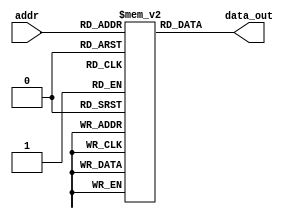
`timescale 1ns / 1ps
//////////////////////////////////////////////////////////////////////////////////
// Company: 
// Engineer: 
// 
// Design Name: 
// Module Name: InstMem
// Project Name: 
// Target Devices: 
// Tool Versions: 
// Description: 
// 
// Dependencies: 
// 
// Revision:
// Revision 0.01 - File Created
// Additional Comments:
// 


//////////////////////////////////////////////////////////////////////////////////

module InstMem (input [5:0] addr, output [31:0] data_out);
    reg [31:0] mem [0:63];

    initial begin

// # Load operations
mem[0] = 32'b00000000000000000010111000110111; // LUI x28, 2
mem[1] = 32'b00000000000000000010111000010111; // AUIPC x28, 2
mem[2] = 32'b00000000000000000010000010000011; // LW x1, 0(x0)
mem[3] = 32'b00000000000000000001000100000011; // LH x2, 4(x0)
mem[4] = 32'b00000000000000000000000110000011; // LB x3, 0(x0)
mem[5] = 32'b00000000000000000100001000000011; // LBU x4, 0(x0)
mem[6] = 32'b00000000000000000101001010000011; // LHU x5, 0(x0)

//Arithmetic operations
mem[7] = 32'b00000000001000001000001100110011; // ADD x6, x1, x2
mem[8] = 32'b01000000001000001000001110110011; // SUB x7, x1, x2
mem[9] = 32'b00000000001000001100010000110011; // XOR x8, x1, x2
mem[10] = 32'b00000000001000001110010010110011; // OR x9, x1, x2
mem[11] = 32'b00000000001000001111010100110011; // AND x10, x1, x2

// # Immediate operations
mem[12] = 32'b00000000010000001000010110010011; // ADDI x11, x1, 4
mem[13] = 32'b00000000010000001100011000010011; // XORI x12, x1, 4
mem[14] = 32'b00000000010000001110011010010011; // ORI x13, x1, 4
mem[15] = 32'b00000000010000001111011100010011; // ANDI x14, x1, 4
mem[16] = 32'b00000000010000001010011110010011; // SLTI x15, x1, 4
mem[17] = 32'b00000000010000001011100000010011; // SLTIU x16, x1, 4

// Shift operations
mem[18] = 32'b00000000001000001101100010110011; // SRL x17, x1, x2
mem[19] = 32'b01000000001000001101100100110011; // SRA x18, x1, x2
mem[20] = 32'b01000000000100001101100110010011; // SRAI x19, x1, 1
mem[21] = 32'b00000000001000001001101000110011; // SLL x20, x1, x2
mem[22] = 32'b00000000000100001001101010010011; // SLLI x21, x1, 1
mem[23] = 32'b00000000000100001101101100010011; // SRLI x22, x1, 1

// # Set less than operations
mem[24] = 32'b00000000001000001010101110110011; // SLT x23, x1, x2
mem[25] = 32'b00000000001000001011110000110011; // SLTU x24, x1, x2

// # Store operations
mem[26] = 32'b00000000000100000010000000100011; // SW x1, 0(x0)
mem[27] = 32'b00000000000100000000000000100011; // SB x1, 0(x0)
mem[28] = 32'b00000000000100000001000000100011; // SH x1, 0(x0)

// # Branch operations
mem[29] = 32'b00000000000000000000001001100011; // BEQ x0, x0, 4
mem[30] = 32'b00000000000111111000111110010011; //increment x31
mem[31] = 32'b00000000001000001001001001100011; // BNE x1, x2, 4
mem[32] = 32'b00000000000111111000111110010011; //increment x31
mem[33] = 32'b00000000010000011100001001100011; // BLT x3, x4, 4
mem[34] = 32'b00000000000111111000111110010011; //increment x31
mem[35] = 32'b00000000011000101101001001100011; // BGE x5, x6, 4
mem[36] = 32'b00000000000111111000111110010011; //increment x31
mem[37] = 32'b00000000100000111110001001100011; // BLTU x7, x8, 4
mem[38] = 32'b00000000000111111000111110010011; //increment x31
mem[39] = 32'b00000000101001001111001001100011; // BGEU x9, x10, 4
mem[40] = 32'b00000000000111111000111110010011; //increment x31

// # Jump operations
mem[41] = 32'b00000000010000000000111011101111; // JAL x29, 4
mem[42] = 32'b00000000000000000000111101100111; // JALR x30, 0(x0)

// # Fence operation,Environment call and break
mem[43] = 32'b00001111111100000000000000001111; // FENCE
mem[44] = 32'b00000000000100000000000001110011; // EBREAK
mem[45] = 32'b00000000000000000000000001110011; // ECALL



































// mem[0] = 32'b00000000000100000000111110010011; 
// mem[1] = 32'b00000000001000000000111100010011; 
// mem[2] = 32'b00000000000100000000000001110011; 
// mem[3] = 32'b00001111111100000000000000001111; 
// mem[4] = 32'b00000000000000000010000010000011; 
// mem[5] = 32'b00000000010000000001000100000011; 
// mem[6] = 32'b00000000100000000000000100000011; 
// mem[7] = 32'b00000000110000000100001000000011; 
// mem[8] = 32'b00000001000000000101001010000011; 
// mem[9] = 32'b00000000000000000010111000110111;
// mem[10] = 32'b00000000000000000010111000010111;
// mem[11] = 32'b00000000001000001000001100110011;
// mem[12] = 32'b01000000001000001000001110110011;
// mem[13] = 32'b00000000001000001100010000110011;
// mem[14] = 32'b00000000001000001110010010110011;
// mem[15] = 32'b00000000001000001111010100110011;
// mem[16] = 32'b00000000010000001000010110010011;
// mem[17] = 32'b00000000010000001100011000010011;
// mem[18] = 32'b00000000010000001110011010010011;
// mem[19] = 32'b00000000010000001111011100010011;
// mem[20] = 32'b00000001111100001101000010110011;
// mem[21] = 32'b01000001111100001101000010110011;
// mem[22] = 32'b01000000000100001101000010010011;
// mem[23] = 32'b00000001111100001001000010110011;
// mem[24] = 32'b00000000000100001001000010010011;
// mem[25] = 32'b00000000000100001101000010010011;
// mem[26] = 32'b00000000010000001010000010010011;
// mem[27] = 32'b00000000010000001011000100010011;
// mem[28] = 32'b00000000000000000000001001100011;
// mem[29] = 32'b11111111111100001000000010010011;
// mem[30] = 32'b00000000000100001000000010010011;
// mem[31] = 32'b00000000000100000010000000100011;
// mem[32] = 32'b00000000000100000000001000100011;
// mem[33] = 32'b00000000000100000001010000100011;
// mem[34] = 32'b00000001111011111001001001100011;
// mem[35] = 32'b11111111111100001000000010010011;
// mem[36] = 32'b00000000000100001000000010010011;
// mem[37] = 32'b00000001111011111100001001100011;
// mem[38] = 32'b11111111111100001000000010010011;
// mem[39] = 32'b00000000000100001000000010010011;
// mem[40] = 32'b00000001111011111101001001100011;
// mem[41] = 32'b11111111111100001000000010010011;
// mem[42] = 32'b00000000000100001000000010010011;
// mem[43] = 32'b00000001111011111110001001100011;
// mem[44] = 32'b11111111111100001000000010010011;
// mem[45] = 32'b00000000000100001000000010010011;
// mem[46] = 32'b00000001111011111111001001100011;
// mem[47] = 32'b11111111111100001000000010010011;
// mem[48] = 32'b00000000000100001000000010010011;
// mem[49] = 32'b00000001111011111111001001100011;
// mem[50] = 32'b00000000010000000000111011101111;
// mem[51] = 32'b11111111111100001000000010010011;
// mem[52] = 32'b00000000000100001000000010010011;
// mem[53] = 32'b00000000000000000000111011100111;

/*
ADDI x31 x0 1 
ADDI x30 x0 2
//for incrementing or shifting by 1 or comparing
//ECALL
EBREAK
FENCE

LW x1 0(x0)
LH x2 4(x0)
LB x3 8(x0)
LBU x4 12(x0)
LHU x5 16(x0)
LUI x28 2
AUIPC x28 2



ADD x6 x1 x2
SUB x7 x1 x2
XOR x8 x1 x2
OR x9 x1 x2
AND x10 x1 x2


ADDI x11 x1 4
XORI x12 x1 4
ORI x13 x1 4
ANDI x14 x1 4

SRL x1 x1 x31
SRA x1 x1 x31
SRAI x1 x1 1
SLL x1 x1 x31

SLLI x1 x1 1
SRLI x1 x1 1

SLTI x1 x1 4
SLTIU x2 x1 4




BEQ x0 x0 4
ADDI x1 x1 -1
ADDI x1 x1 1

SW x1 0(x0)
SB x1 4(x0)
SH x1 8(x0)

BNE x31 x30 4
ADDI x1 x1 -1
ADDI x1 x1 1

BLT x31 x30 4
ADDI x1 x1 -1
ADDI x1 x1 1

BGE x31 x30 4
ADDI x1 x1 -1
ADDI x1 x1 1


BLTU x31 x30 4
ADDI x1 x1 -1
ADDI x1 x1 1


BGEU x31 x30 4
ADDI x1 x1 -1
ADDI x1 x1 1

JAL x29 4
ADDI x1 x1 -1
ADDI x1 x1 1

JALR X29 0(x0)

*/
























// //simple no hazards  test
// mem[0] = 32'b00000000000111111000111110010011; //increment x31
// mem[1] = 32'b000000000000_00000_000_00001_0000011; // lb x1, 0(x0)
// mem[2] = 32'b000000000001_00000_000_00010_0000011; // lb x2, 1(x0)
// mem[3] = 32'b000000000010_00000_000_00011_0000011; // lb x3, 2(x0)
// mem[4] = 32'b00000000000111111000111110010011; //increment x31
// mem[5] = 32'b00000000000111111000111110010011; //increment x31
// mem[6] = 32'b0000000_01010_00011_000_00101_0010011; // addi x5, x3, 10  
// mem[7] = 32'b0000000_00010_00001_110_00100_0110011; // or x4, x1, x2

// //simple hazard and forwarding test
// mem[0] = 32'b00000000000111111000111110010011; //increment x31
// mem[1] = 32'b000000000000_00000_000_00001_0000011; // lb x1, 0(x0)
// mem[2] = 32'b000000000001_00000_000_00010_0000011; // lb x2, 1(x0)
// mem[3] = 32'b000000000010_00000_000_00011_0000011; // lb x3, 2(x0)
// mem[4] = 32'b00000000001100010000001000110011; // add x4, x2, x3
// mem[5] = 32'b00000000001100100000001010110011; // add x5, x4, x3

//mem[0]=32'b0000000_00000_00000_000_00000_0110011 ; //add x0, x0, x0//added to be skipped since PC starts with 4 after reset 
//mem[1] = 32'b000000000000_00000_000_00001_0000011; // lb x1, 0(x0)
//mem[2] = 32'b000000000001_00000_000_00010_0000011; // lb x2, 1(x0)
//mem[3] = 32'b000000000010_00000_000_00011_0000011; // lb x3, 2(x0)
//mem[4]=32'b0000000_00010_00001_110_00100_0110011 ; //or x4, x1, x2 
//mem[5]=32'b0000000_00010_00001_000_00011_0110011 ; //add x3, x1, x2 
//mem[6]=32'b0000000_00010_00011_000_00101_0110011 ; //add x5, x3, x2 
//mem[7]=32'b0000000_00101_00000_010_01100_0100011; //sw x5, 12(x0) 
//mem[8]=32'b000000001100_00000_010_00110_0000011 ; //lw x6, 12(x0)
//mem[9]=32'b0000000_00001_00110_111_00111_0110011 ; //and x7, x6, x1 
//mem[10]=32'b0100000_00010_00001_000_01000_0110011 ; //sub x8, x1, x2 
//mem[11]=32'b0000000_00010_00001_000_00000_0110011 ; //add x0, x1, x2 
//mem[12]=32'b0000000_00001_00000_000_01001_0110011 ; //add x9, x0, x1



//              mem[0] = 32'b000000000000_00000_000_00001_0000011; // lb x1, 0(x0)
//              mem[1] = 32'b000000000001_00000_000_00010_0000011; // lb x2, 1(x0)
//              mem[2] = 32'b000000000010_00000_000_00011_0000011; // lb x3, 2(x0)
        
//        mem[3]=32'b0000000_01010_00011_000_00101_0010011; // addi x5, x3, 10     //test addi
////        mem[3] = 32'b0000000_00010_00001_110_00100_0110011; // or x4, x1, x2        
//        mem[4] = 32'b0_000000_00011_00100_000_0100_0_1100011; // beq x4, x3, 4
//        mem[5] = 32'b0000000_00010_00001_000_00011_0110011; // add x3, x1, x2
//        mem[6] = 32'b0000000_00010_00011_000_00101_0110011; // add x5, x3, x2
//        mem[7] = 32'b0000000_00101_00000_010_01100_0100011; // sw x5, 12(x0)
//        mem[8] = 32'b000000001100_00000_010_00110_0000011; // lw x6, 12(x0)
//        mem[9] = 32'b0000000_00001_00110_111_00111_0110011; // and x7, x6, x1
//        mem[10] = 32'b0100000_00010_00001_000_01000_0110011; // sub x8, x1, x2
//        mem[11] = 32'b0000000_00010_00001_000_00000_0110011; // add x0, x1, x2
//        mem[12] = 32'b0000000_00001_00000_000_01001_0110011; // add x9, x0, x1












// mem[0]=32'b0000000_00000_00000_000_00000_0110011 ; //add x0, x0, x0//added to be skipped since PC starts with 4 after reset 
// mem[1]=32'b000000000000_00000_010_00001_0000011 ; //lw x1, 0(x0) 
// mem[2]=32'b0000000_00000_00000_000_00000_0110011 ; //add x0, x0, x0 
// mem[3]=32'b0000000_00000_00000_000_00000_0110011 ; //add x0, x0, x0 
// mem[4]=32'b0000000_00000_00000_000_00000_0110011 ; //add x0, x0, x0 
// mem[5]=32'b000000000100_00000_010_00010_0000011 ; //lw x2, 4(x0) 
// mem[6]=32'b0000000_00000_00000_000_00000_0110011 ; //add x0, x0, x0 
// mem[7]=32'b0000000_00000_00000_000_00000_0110011 ; //add x0, x0, x0 
// mem[8]=32'b0000000_00000_00000_000_00000_0110011 ; //add x0, x0, x0 
// mem[9]=32'b000000001000_00000_010_00011_0000011 ; //lw x3, 8(x0) 
// mem[10]=32'b0000000_00000_00000_000_00000_0110011 ; //add x0, x0, x0 
// mem[11]=32'b0000000_00000_00000_000_00000_0110011 ; //add x0, x0, x0 
// mem[12]=32'b0000000_00000_00000_000_00000_0110011 ; //add x0, x0, x0 
// mem[13]=32'b0000000_00010_00001_110_00100_0110011 ; //or x4, x1, x2 
// mem[14]=32'b0000000_00000_00000_000_00000_0110011 ; //add x0, x0, x0 
// mem[15]=32'b0000000_00000_00000_000_00000_0110011 ; //add x0, x0, x0 
// mem[16]=32'b0000000_00000_00000_000_00000_0110011 ; //add x0, x0, x0 
// mem[17]=32'b0_000001_00011_00100_000_0000_0_1100011; //beq x4, x3, 16 
// mem[18]=32'b0000000_00000_00000_000_00000_0110011 ; //add x0, x0, x0 
// mem[19]=32'b0000000_00000_00000_000_00000_0110011 ; //add x0, x0, x0 
// mem[20]=32'b0000000_00000_00000_000_00000_0110011 ; //add x0, x0, x0 
// mem[21]=32'b0000000_00010_00001_000_00011_0110011 ; //add x3, x1, x2 
// mem[22]=32'b0000000_00000_00000_000_00000_0110011 ; //add x0, x0, x0 
// mem[23]=32'b0000000_00000_00000_000_00000_0110011 ; //add x0, x0, x0 
// mem[24]=32'b0000000_00000_00000_000_00000_0110011 ; //add x0, x0, x0 
// mem[25]=32'b0000000_00010_00011_000_00101_0110011 ; //add x5, x3, x2 
// mem[26]=32'b0000000_00000_00000_000_00000_0110011 ; //add x0, x0, x0 
// mem[27]=32'b0000000_00000_00000_000_00000_0110011 ; //add x0, x0, x0 
// mem[28]=32'b0000000_00000_00000_000_00000_0110011 ; //add x0, x0, x0
// mem[29]=32'b0000000_00101_00000_010_01100_0100011; //sw x5, 12(x0) 
// mem[30]=32'b0000000_00000_00000_000_00000_0110011 ; //add x0, x0, x0 
// mem[31]=32'b0000000_00000_00000_000_00000_0110011 ; //add x0, x0, x0 
// mem[32]=32'b0000000_00000_00000_000_00000_0110011 ; //add x0, x0, x0 
// mem[33]=32'b000000001100_00000_010_00110_0000011 ; //lw x6, 12(x0)
// mem[34]=32'b0000000_00000_00000_000_00000_0110011 ; //add x0, x0, x0 
// mem[35]=32'b0000000_00000_00000_000_00000_0110011 ; //add x0, x0, x0 
// mem[36]=32'b0000000_00000_00000_000_00000_0110011 ; //add x0, x0, x0 
// mem[37]=32'b0000000_00001_00110_111_00111_0110011 ; //and x7, x6, x1 
// mem[38]=32'b0000000_00000_00000_000_00000_0110011 ; //add x0, x0, x0 
// mem[39]=32'b0000000_00000_00000_000_00000_0110011 ; //add x0, x0, x0 
// mem[40]=32'b0000000_00000_00000_000_00000_0110011 ; //add x0, x0, x0 
// mem[41]=32'b0100000_00010_00001_000_01000_0110011 ; //sub x8, x1, x2 
// mem[42]=32'b0000000_00000_00000_000_00000_0110011 ; //add x0, x0, x0 
// mem[43]=32'b0000000_00000_00000_000_00000_0110011 ; //add x0, x0, x0 
// mem[44]=32'b0000000_00000_00000_000_00000_0110011 ; //add x0, x0, x0 
// mem[45]=32'b0000000_00010_00001_000_00000_0110011 ; //add x0, x1, x2 
// mem[46]=32'b0000000_00000_00000_000_00000_0110011 ; //add x0, x0, x0 
// mem[47]=32'b0000000_00000_00000_000_00000_0110011 ; //add x0, x0, x0 
// mem[48]=32'b0000000_00000_00000_000_00000_0110011 ; //add x0, x0, x0 
// mem[49]=32'b0000000_00001_00000_000_01001_0110011 ; //add x9, x0, x1





    //    mem[0] = 32'b000000000000_00000_010_00001_0000011; // lw x1, 0(x0)
    //    mem[1] = 32'b000000000100_00000_010_00010_0000011; // lw x2, 4(x0)
    //    mem[2] = 32'b000000001000_00000_010_00011_0000011; // lw x3, 8(x0)
        
    //          mem[0] = 32'b000000000000_00000_000_00001_0000011; // lb x1, 0(x0)
    //          mem[1] = 32'b000000000001_00000_000_00010_0000011; // lb x2, 1(x0)
    //          mem[2] = 32'b000000000010_00000_000_00011_0000011; // lb x3, 2(x0)
        
    //    mem[3]=32'b0000000_01010_00011_000_00101_0010011; // addi x5, x3, 10     //test addi
    //    mem[3] = 32'b0000000_00010_00001_110_00100_0110011; // or x4, x1, x2        
    //    mem[4] = 32'b0_000000_00011_00100_000_0100_0_1100011; // beq x4, x3, 4
    //    mem[5] = 32'b0000000_00010_00001_000_00011_0110011; // add x3, x1, x2
    //    mem[6] = 32'b0000000_00010_00011_000_00101_0110011; // add x5, x3, x2
    //    mem[7] = 32'b0000000_00101_00000_010_01100_0100011; // sw x5, 12(x0)
    //    mem[8] = 32'b000000001100_00000_010_00110_0000011; // lw x6, 12(x0)
    //    mem[9] = 32'b0000000_00001_00110_111_00111_0110011; // and x7, x6, x1
    //    mem[10] = 32'b0100000_00010_00001_000_01000_0110011; // sub x8, x1, x2
    //    mem[11] = 32'b0000000_00010_00001_000_00000_0110011; // add x0, x1, x2
    //    mem[12] = 32'b0000000_00001_00000_000_01001_0110011; // add x9, x0, x1


//////mem[0] = 32'b000000000000_00000_000_00001_0000011; // lb x1, 0(x0)
//////mem[1] = 32'b000000000001_00000_000_00010_0000011; // lb x2, 1(x0)
//mem[2]=32'b00000000001000001000000110110011;   //    add x3, x1, x2       # x3 = x1 + x2
//////mem[2]=32'b00000000100000000000000111101111;// jal x3,8
//////mem[3]=32'b01000000001000001000001000110011;   //    sub x4, x1, x2       # x4 = x1 - x2
//////mem[4]=32'b00000000001000001001001010110011;    //    sll x5, x1, x2       # x5 = x1 << x2
//////mem[5]=32'b00000000001000001101001100110011;     //    srl x6, x1, x2       # x6 = x1 >> x2
//mem[6]=32'b01000000001000001101001110110011;  //    sra x7, x1, x2       # x7 = x1 >> x2 (arithmetic)
//////mem[6]=32'b00000001011000001000011011100111; //jalr x13, 22(x1)
//////mem[7]=32'b00000000001000001111010000110011;   //    and x8, x1, x2       # x8 = x1 & x2
//////mem[8]=32'b00000000001000001110010010110011;   //    or x9, x1, x2        # x9 = x1 | x2
//////mem[9]=32'b00000000001000001100010100110011 ;  //    xor x10, x1, x2      # x10 = x1 ^ x2
//////mem[10]=32'b00000000001000001010010110110011;  //    slt x11, x1, x2      # x11 = (x1 < x2)
//////mem[11]=32'b00000000001000001011011000110011;  //    sltu x12, x1, x2     # x12 = (x1 < x2) (unsigned)

//mem[2] = 32'b00000000101100001000000110010011; // addi x3, x1, 11       # x3 = x1 + 11
//mem[3] = 32'b01000000001000001000001000110011; // subi x4, x1, 11       # x4 = x1 - 11
//mem[4] = 32'b00000000001000001001001010010011; // slli x5, x1, 2        # x5 = x1 << 2
//mem[5] = 32'b00000000001000001101001100010011; // srli x6, x1, 2        # x6 = x1 >> 2
//mem[6] = 32'b01000000001000001101001110010011; // srai x7, x1, 2        # x7 = x1 >> 2 (arithmetic)
//mem[7] = 32'b00000000101100001111010000010011; // andi x8, x1, 11       # x8 = x1 & 11
//mem[8] = 32'b00000000101100001110010010010011; // ori x9, x1, 11        # x9 = x1 | 11
//mem[9] = 32'b00000000101100001100010100010011; // xori x10, x1, 11      # x10 = x1 ^ 11
//mem[10] = 32'b00000000101100001010010110010011; // slti x11, x1, 11      # x11 = (x1 < 11)
//mem[11] = 32'b00000000101100001011011000010011; // sltiu x12, x1, 11     # x12 = (x1 < 11) (unsigned)

//testing lUI and AUIPC
//mem[0] = 32'b00000000000000000010111000110111; //LUI
//mem[1] = 32'b00000000000000000010111000010111; //AUIPC

// //testing system calls
// mem[0] = 32'b00000000000111111000111110010011; //increment x31
// mem[1]=32'b0000000_00000_00000_000_00000_0110011 ; //add x0, x0, x0 
// mem[2]=32'b0000000_00000_00000_000_00000_0110011 ; //add x0, x0, x0 
// mem[3]=32'b0000000_00000_00000_000_00000_0110011 ; //add x0, x0, x0 
// mem[4] = 32'b00000000000111111000111110010011; //increment x31
// mem[5]=32'b0000000_00000_00000_000_00000_0110011 ; //add x0, x0, x0 
// mem[6]=32'b0000000_00000_00000_000_00000_0110011 ; //add x0, x0, x0 
// mem[7]=32'b0000000_00000_00000_000_00000_0110011 ; //add x0, x0, x0 
// mem[8] = 32'b00001111111100000000000000001111; //fence
// mem[9]=32'b0000000_00000_00000_000_00000_0110011 ; //add x0, x0, x0 
// mem[10]=32'b0000000_00000_00000_000_00000_0110011 ; //add x0, x0, x0 
// mem[11]=32'b0000000_00000_00000_000_00000_0110011 ; //add x0, x0, x0 
// mem[12] = 32'b00000000000111111000111110010011; //increment x31
// mem[13]=32'b0000000_00000_00000_000_00000_0110011 ; //add x0, x0, x0 
// mem[14]=32'b0000000_00000_00000_000_00000_0110011 ; //add x0, x0, x0 
// mem[15]=32'b0000000_00000_00000_000_00000_0110011 ; //add x0, x0, x0 
// mem[16] = 32'b00000000000100000000000001110011;//ebreak
// mem[17]=32'b0000000_00000_00000_000_00000_0110011 ; //add x0, x0, x0 
// mem[18]=32'b0000000_00000_00000_000_00000_0110011 ; //add x0, x0, x0 
// mem[19]=32'b0000000_00000_00000_000_00000_0110011 ; //add x0, x0, x0 
// mem[20] = 32'b00000000000111111000111110010011; //increment x31
// mem[21]=32'b0000000_00000_00000_000_00000_0110011 ; //add x0, x0, x0 
// mem[22]=32'b0000000_00000_00000_000_00000_0110011 ; //add x0, x0, x0 
// mem[23]=32'b0000000_00000_00000_000_00000_0110011 ; //add x0, x0, x0 
// mem[24] = 32'b00000000000000000000000001110011; //ecall
// mem[25]=32'b0000000_00000_00000_000_00000_0110011 ; //add x0, x0, x0 
// mem[26]=32'b0000000_00000_00000_000_00000_0110011 ; //add x0, x0, x0 
// mem[27]=32'b0000000_00000_00000_000_00000_0110011 ; //add x0, x0, x0 
// mem[28] = 32'b00000000000111111000111110010011; //increment x31 (should not be executed)


// //testing branch control unit
// mem[0] = 32'b00000000000111111000111110010011; //increment x31
// mem[1] = 32'b00000001111111110000111100110011; //add x31 to x30 (expect both to == 1)

// // all below branches should skip the inc by 5
// //mem[2] = 32'b00000001111011111000010001100011; //beq x31, x31, 8
// // mem[2] = 32'b00000001110111111001010001100011; ///bne x31, x29, 8 
// // mem[2] = 32'b00000001111111101100010001100011; //blt x29, x31, 8 
// //mem[2] = 32'b00000001110111111101010001100011; //bge x31, x29, 8
// // mem[2] = 32'b00000001111111101110010001100011; //bltu x29, x31, 8
//  mem[2] = 32'b00000001110111111111010001100011; //bgeu x31, x29, 8

// mem[3] = 32'b00000000010111111000111110010011; //increment x31 by 5
// mem[4] = 32'b00000000101011111000111110010011; //increment x31 by 10





    end

    assign data_out = mem[addr];
endmodule